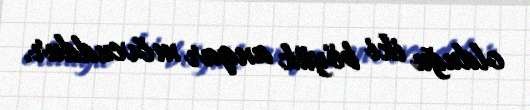
olduğu iki böyük anqar mövcuddur.